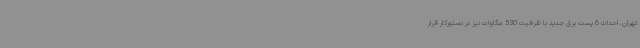
تهران، احداث 6 پست برق جدید با ظرفیت 530 مگاوات نیز در دستورکار قرار